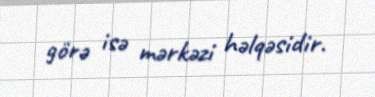
görə isə mərkəzi həlqəsidir.